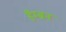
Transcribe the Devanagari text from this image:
हैम्ब्रन